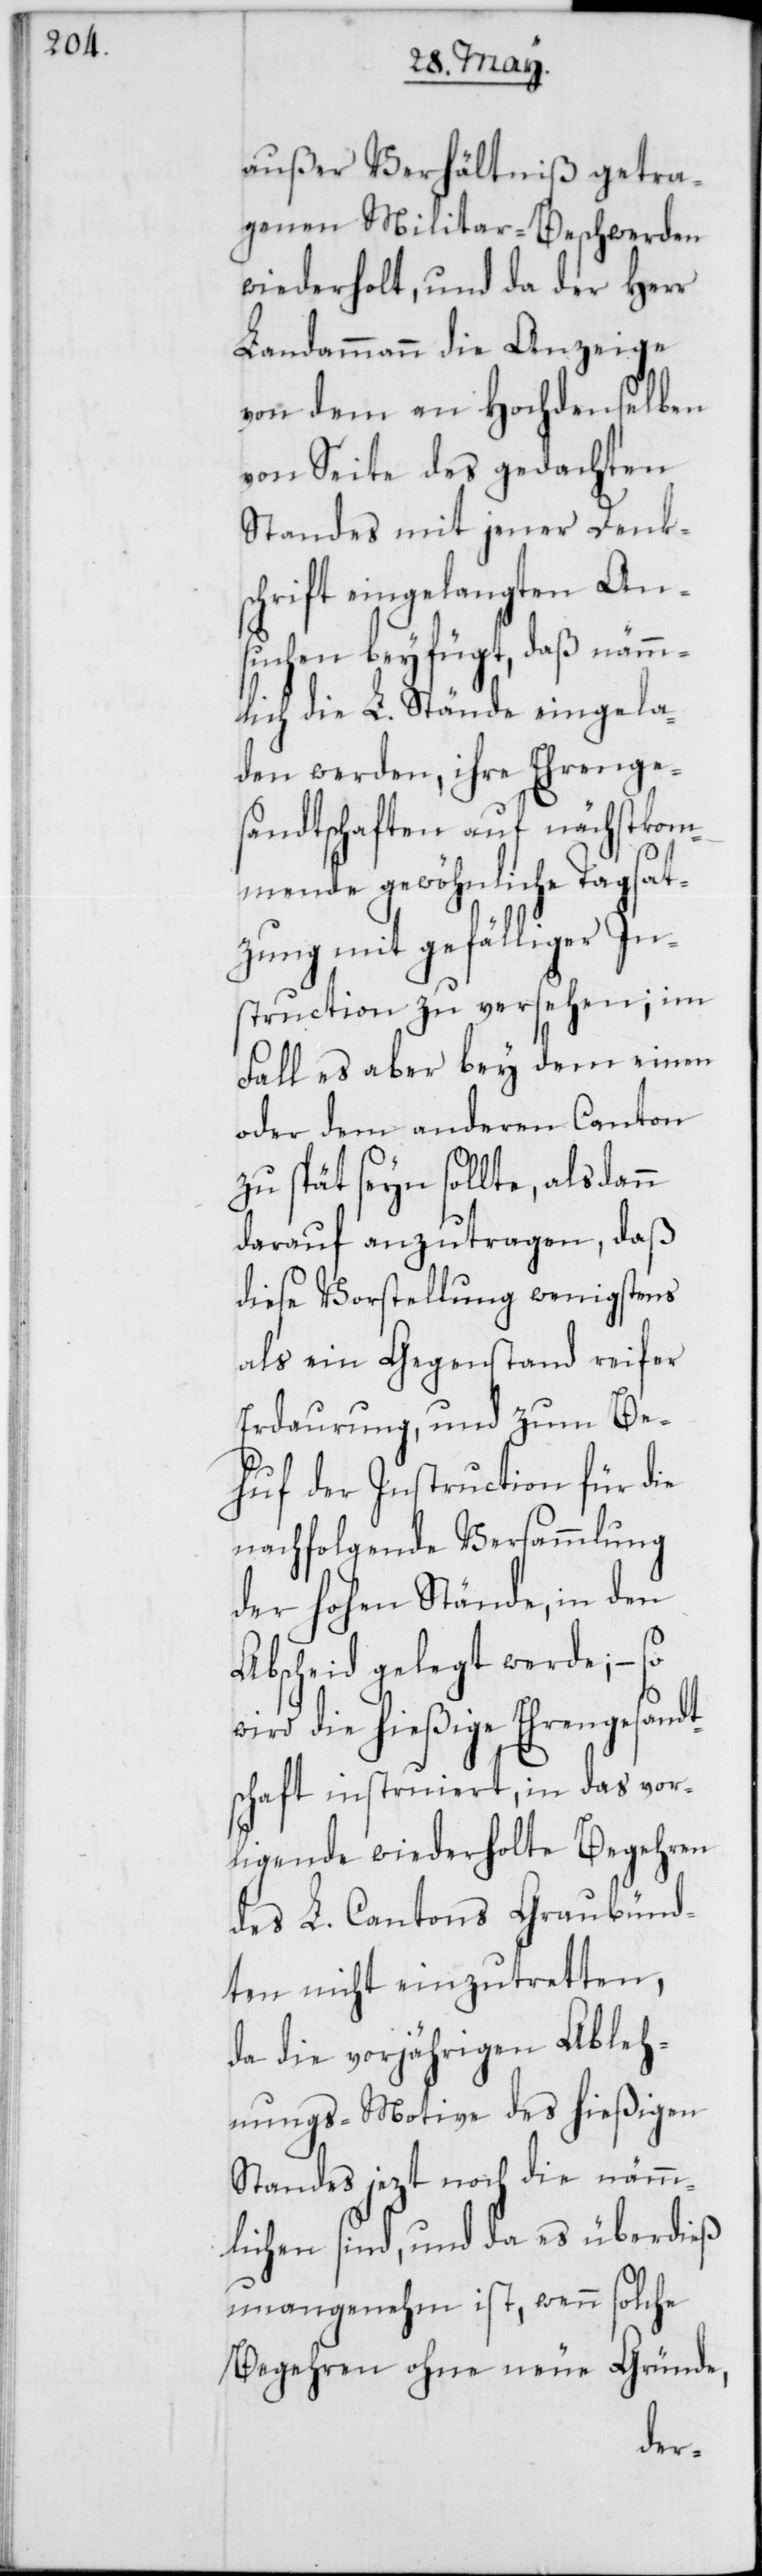
außer Verhältniß getra¬
genen Militar-Beschwerden
wiederholt, und da der Herr
Landammann die Anzeige
von dem an Hochdenselben
von Seite des gedachten
Standes mit jener Denk¬
schrift eingelangten An¬
sichten beyfügt, daß nämm¬
lich die L. Stände eingela¬
den werden, ihre Ehrenge¬
sandtschaften auf nächstkom¬
mende gewöhnliche Tagsat¬
zung mit gefälliger In¬
struction zu versehen; im
Fall es aber bey dem einen
oder dem anderen Canton
zu spät seyn sollte, alsdann
darauf anzutragen, daß
diese Vorstellung wenigstens
als ein Gegenstand reifer
Erdaurung, und zum Be¬
huf der Instruction für die
nachfolgende Versammlung
der hohen Stände, in den
Abscheid gelegt werde, – so
wird die hießige Ehrengesandt¬
schaft instruiert, in das vor¬
ligende wiederholte Begehren
des L. Cantons Graubünd¬
ten nicht einzutretten,
da die vorjährigen Ableh¬
nungs-Motive des hießigen
Standes jezt noch die nämm¬
lichen sind, und da es überdieß
unangenehm ist, wenn solche
Begehren ohne neue Gründe,